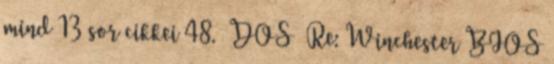
mind 13 sor cikkei 48. DOS Re: Winchester BIOS